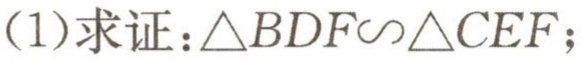
(1)求证：\(\triangle BDF\sim\triangle CEF\)；